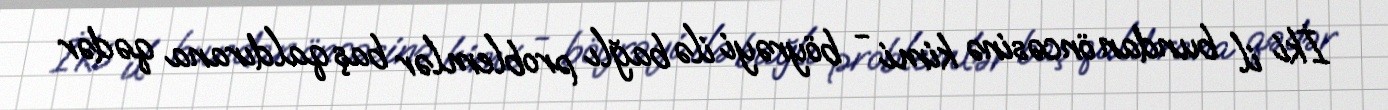
İki il bundan öncəsinə kimi - böyrəyi ilə bağlı problemlər baş qaldırana qədər